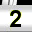
Digit: 2